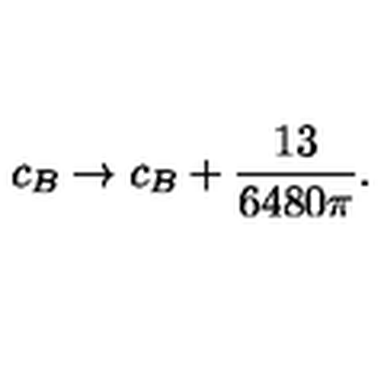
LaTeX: c _ { B } \rightarrow c _ { B } + \frac { 1 3 } { 6 4 8 0 \pi } .